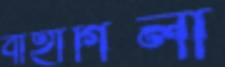
বাহাগিলী